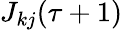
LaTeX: J_{kj}(\tau+1)